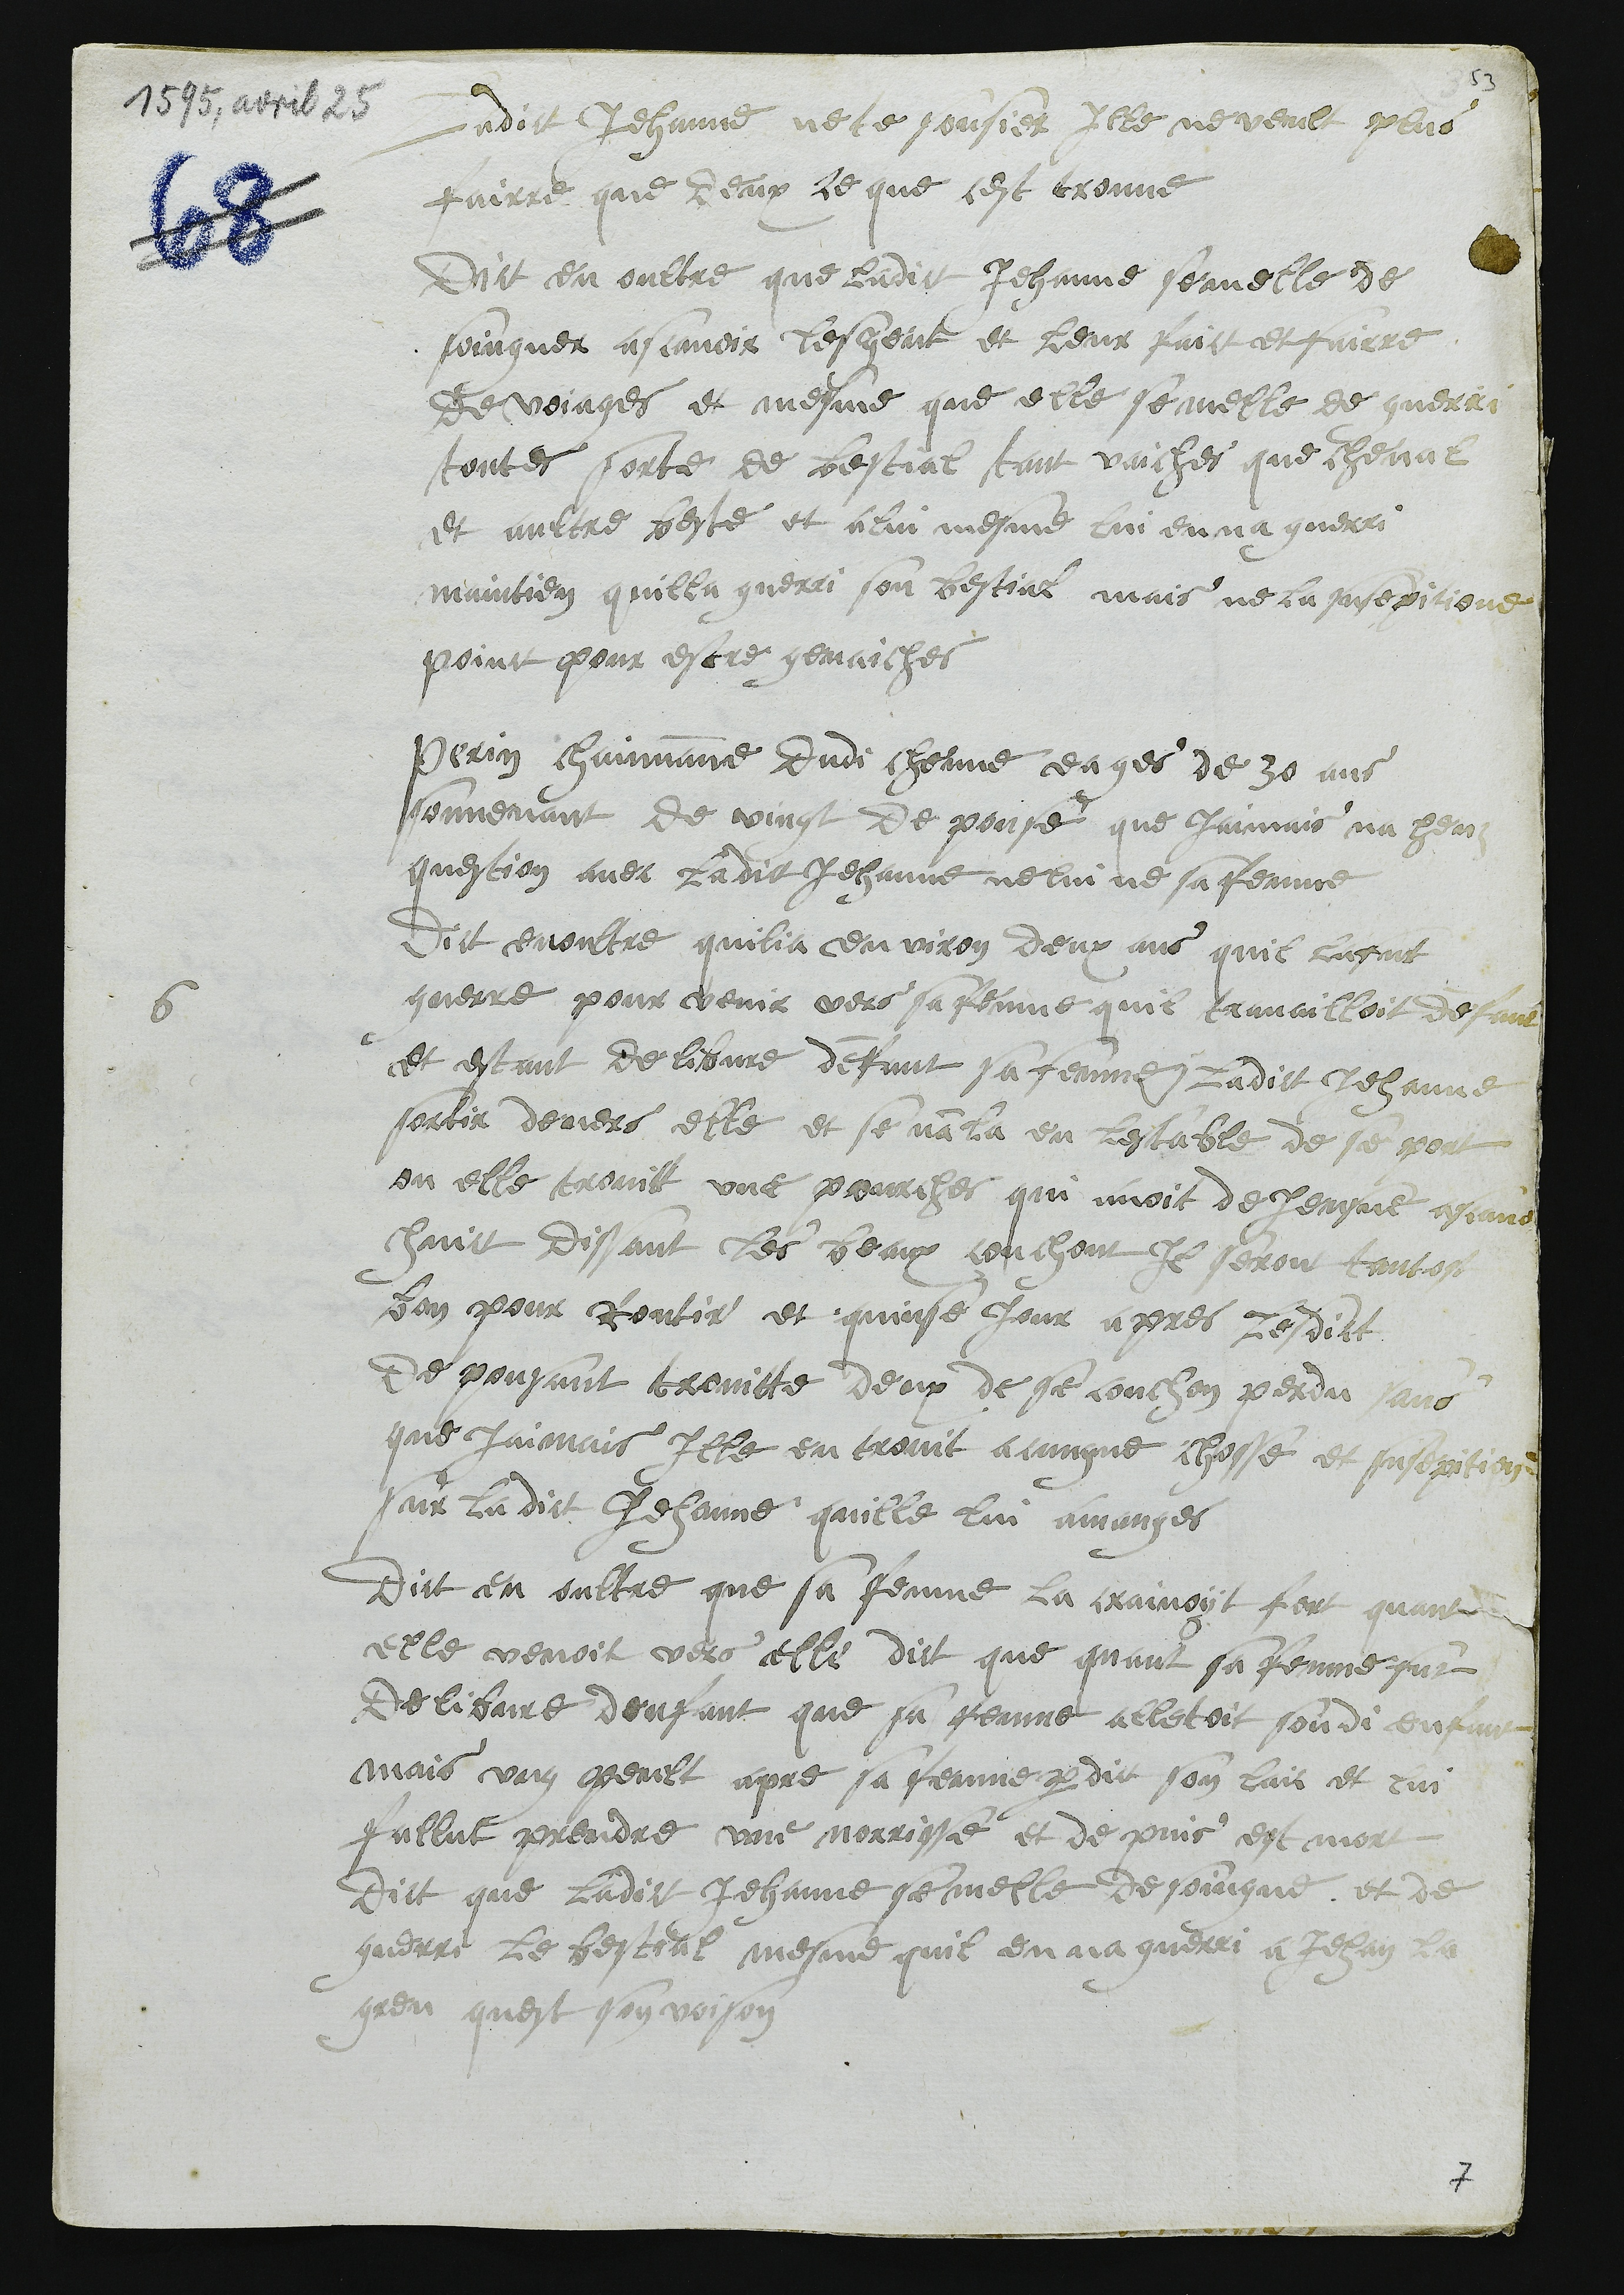
Ladict Jehanne ne te sousier Ille ne veult plus
fairre que deux ce que cest trouve
Dict en oultre que ladict Jehanne semelle de
soingner ascavoir lesgent et leur faict et fairre
de voiages et mesme que elle se melle de guerri
toutes sorte de bestial tant vaiches que cheval
et aultre beste et alui mesme lui enna guerri
maintien quilla guerri son bestial mais ne la susepitione
point pour estre genaiches
6
Perrin chainvanne dudi cheuve eages de 30 ans
souvenant de vingt de pouse que jaimais na heuz
question avec ladict Jehanne ne lui ne sa fenme
Dict en outre quilia en viron deux ans quil lafut
querre pour venir vers sa fenme quil travailloit denfant
et estant delibvre denfant sa femme ladict Jehanne
sortir deriers elle et se nanla en lestable de se port
ou elle trovitt une pourches qui avoit de jeusne ascavoir
huict dissant les beaux couchont Il seront tantost
bon pour Routir et quinse jour apres lesdict
de pousant trouvitte deux de se couchon perdu sans
que jaimais Ille en trovit acungne chosse et susepitione
sur ladict Jehanne quille lui amanges
Dict en oultre que sa femme la crainoyt fort quant
elle venoit vers elle dict que quant sa femme fut
Delibvre denfant que sa femme alletoit sondi enfant
mais ung peult apres sa fenme perdict son lais et lui
fullut prendre une norrisse et de puis est mort
Dict que ladict Jehanne se melle de soingne et de
guerri le bestial mesme quil en na guerri a Jehan la
greu quest son voison

7